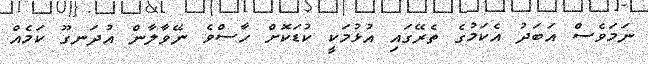
ނަމަވެސް އަބަދު އެކަމުގެ ތެރޭގައި އުޅުމަކީ ކުޑަކޮށް ހާސްވެ ނޭވާލާން އުދަނގޫ ކަމެއް